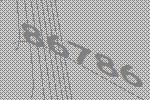
86786